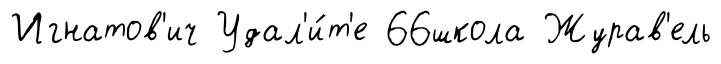
Игнатов'ич Удал'и́т'е 66школа Журав'ель